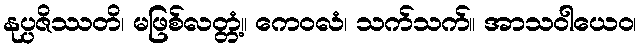
နုပ္ပဇိဿတိ၊ မဖြစ်လတ္တံ့။ ကေဝလံ၊ သက်သက်။ အာသဝါယေဝ၊